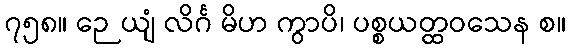
၇၅၈။ ဉေယျံ လိင်္ဂ မိဟ ကွာပိ၊ ပစ္စယတ္ထဝသေန စ။